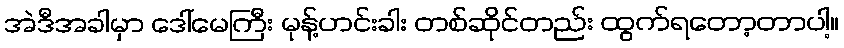
အဲဒီအခါမှာ ဒေါ်မေကြီး မုန့်ဟင်းခါး တစ်ဆိုင်တည်း ထွက်ရတော့တာပါ့။